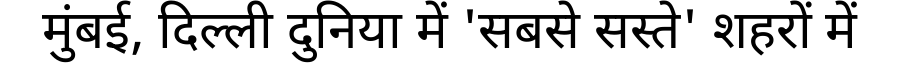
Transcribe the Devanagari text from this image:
मुंबई, दिल्ली दुनिया में 'सबसे सस्ते' शहरों में